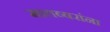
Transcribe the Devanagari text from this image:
मातब्बरांना